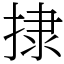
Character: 捸